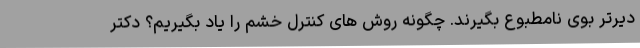
دیرتر بوی نامطبوع بگیرند. چگونه روش های کنترل خشم را یاد بگیریم؟ دکتر